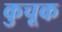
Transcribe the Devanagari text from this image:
कुचूक